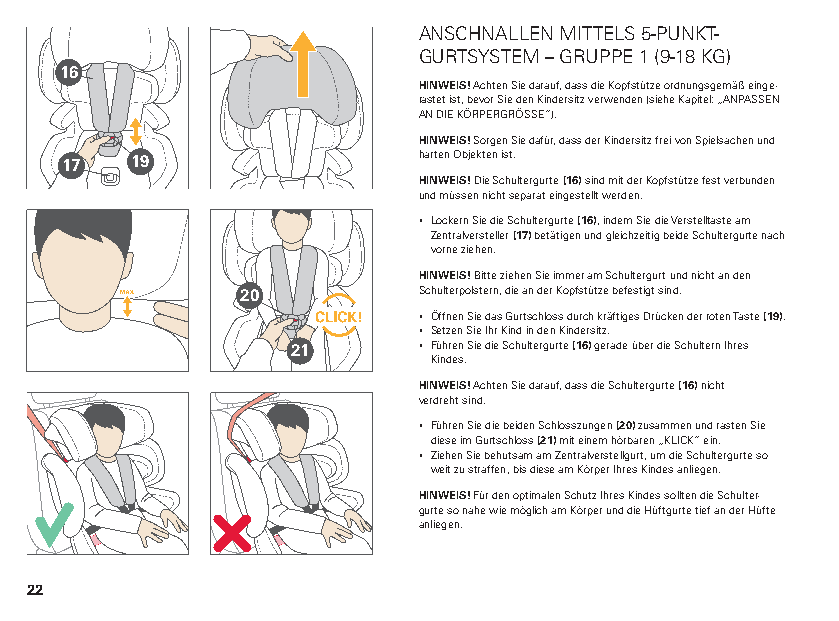
ANSCHNALLEN MITTELS 5-PUNKT-
 GURTSYSTEM – GRUPPE 1 (9-18 KG)
 16
 HINWEIS! Achten Sie darauf, dass die Kopfstütze ordnungsgemäß einge-
 rastet ist, bevor Sie den Kindersitz verwenden (siehe Kapitel: „ANPASSEN
 AN DIE KÖRPERGRÖSSE“).
 HINWEIS! Sorgen Sie dafür, dass der Kindersitz frei von Spielsachen und
 17   19                 harten Objekten ist.
 HINWEIS! Die Schultergurte (16) sind mit der Kopfstütze fest verbunden
 und müssen nicht separat eingestellt werden.
 ▪ Lockern Sie die Schultergurte (16), indem Sie die Verstelltaste am
 Zentralversteller (17) betätigen und gleichzeitig beide Schultergurte nach
 vorne ziehen.
 HINWEIS! Bitte ziehen Sie immer am Schultergurt und nicht an den
 20          Schulterpolstern, die an der Kopfstütze befestigt sind.
 ▪ Öffnen Sie das Gurtschloss durch kräftiges Drücken der roten Taste (19).
 ▪ Setzen Sie Ihr Kind in den Kindersitz.
 21       ▪ Führen Sie die Schultergurte (16) gerade über die Schultern Ihres
 Kindes.
 HINWEIS! Achten Sie darauf, dass die Schultergurte (16) nicht
 verdreht sind.
 ▪ Führen Sie die beiden Schlosszungen (20) zusammen und rasten Sie
 diese im Gurtschloss (21) mit einem hörbaren „KLICK“ ein.
 ▪ Ziehen Sie behutsam am Zentralverstellgurt, um die Schultergurte so
 weit zu straffen, bis diese am Körper Ihres Kindes anliegen.
 HINWEIS! Für den optimalen Schutz Ihres Kindes sollten die Schulter-
 gurte so nahe wie möglich am Körper und die Hüftgurte tief an der Hüfte
 anliegen.
 22